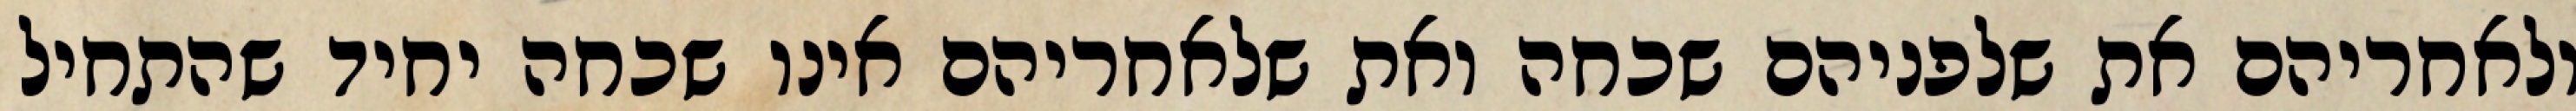
ולאחריהם את שלפניהם שכחה ואת שלאחריהם אינו שכחה יחיד שהתחיל